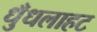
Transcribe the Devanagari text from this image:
धुँधलाहट